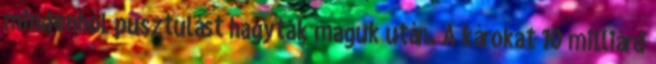
mindenhol pusztulást hagytak maguk után. A károkat 10 milliárd